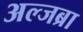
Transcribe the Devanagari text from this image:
अल्जब्रा